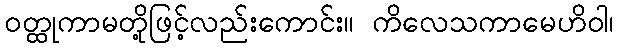
ဝတ္ထုကာမတို့ဖြင့်လည်းကောင်း။ ကိလေသကာမေဟိဝါ၊